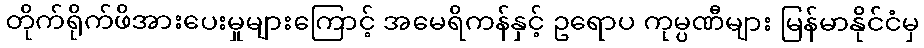
တိုက်ရိုက်ဖိအားပေးမှုများကြောင့် အမေရိကန်နှင့် ဥရောပ ကုမ္ပဏီများ မြန်မာနိုင်ငံမှ